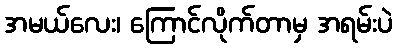
အမယ်လေး၊ ကြောင်လိုက်တာမှ အရမ်းပဲ